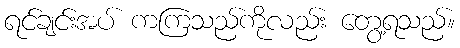
ရင်ချင်းအပ် ကကြသည်ကိုလည်း တွေ့ရသည်။